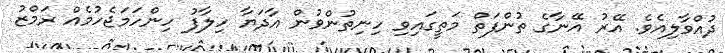
ދުއްވާލިއެވެ. އޭރު އޭނާގެ ތުންފަތް މަތީގައިވި ހިނިތުންވުން އާދަޔާ ހިލާފު ހިންހަމަޖެހުމެއް ރަމްޒު